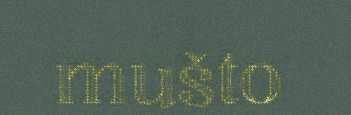
mušto